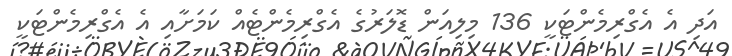
އަދި އެ އެގްރިމެންޓަކީ 136 މިލިއަން ޑޮލަރުގެ އެގްރިމެންޓެއް ކަމަށާއި އެ އެގްރިމެންޓަކީ